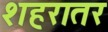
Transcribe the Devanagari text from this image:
शहरातर